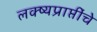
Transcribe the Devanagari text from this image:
लक्ष्यप्राप्तींचे